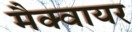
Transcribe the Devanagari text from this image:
मैक्वायर